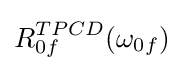
R_{0f}^{TPCD}(\omega _{0f})